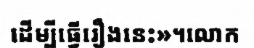
ដើម្បីធ្វើរឿងនេះ»។លោក